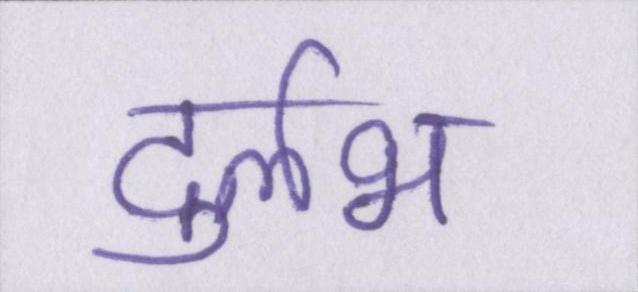
दुर्लभ